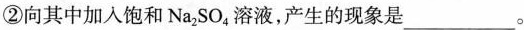
②向其中加入饱和Na_{2}SO_{4}溶液，产生的现象是___。